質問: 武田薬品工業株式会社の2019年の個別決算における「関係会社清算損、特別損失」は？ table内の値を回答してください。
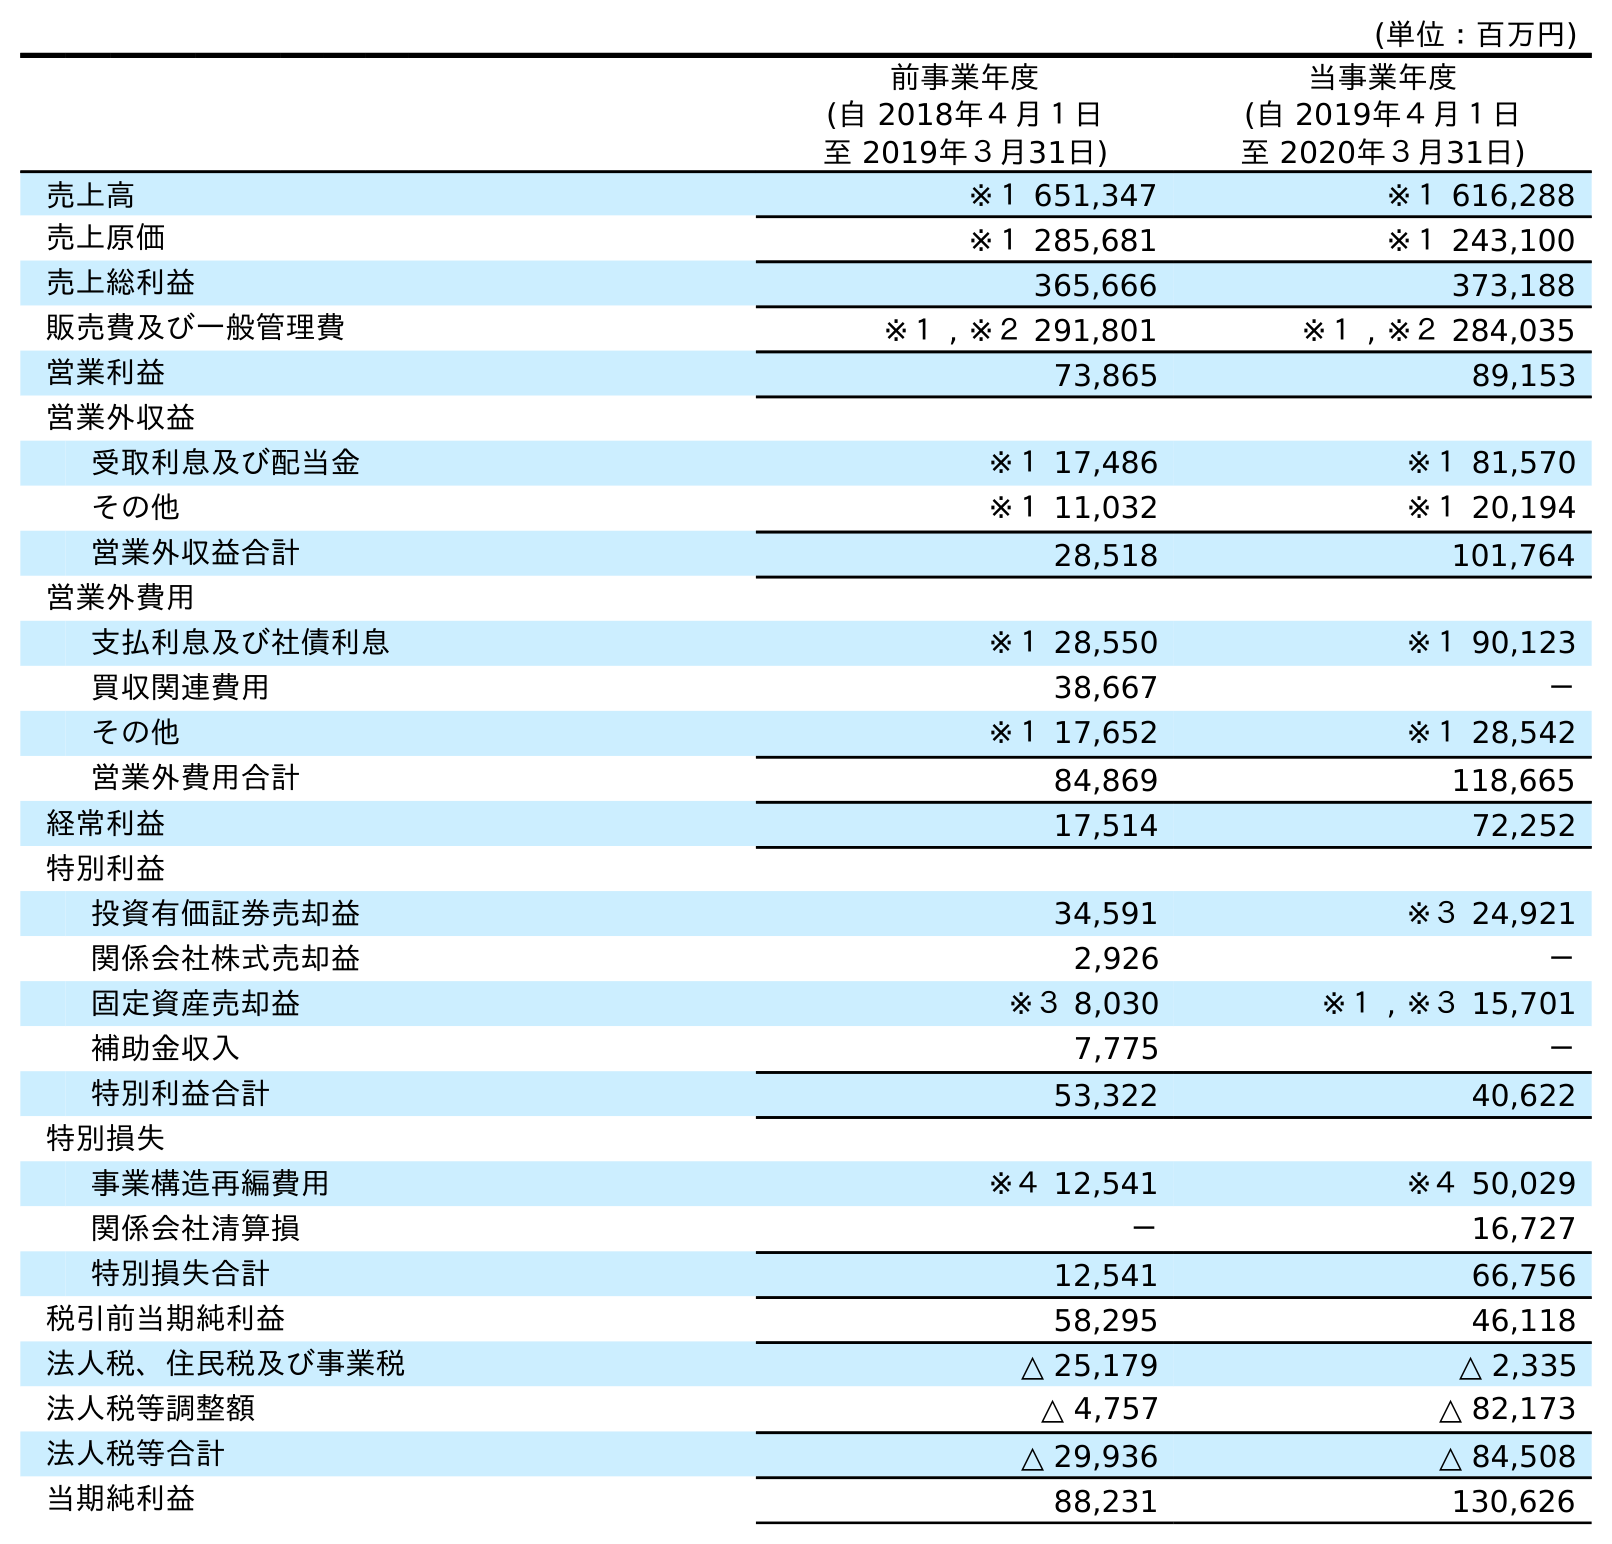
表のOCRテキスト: (単位：百万円) 前事業年度 (自 2018年４月１日 至 2019年３月31日) 当事業年度 (自 2019年４月１日 至 2020年３月31日) 売上高 ※１ 651,347 ※１ 616,288 売上原価 ※１ 285,681 ※１ 243,100 売上総利益 365,666 373,188 販売費及び一般管理費 ※１ , ※２ 291,801 ※１ , ※２ 284,035 営業利益 73,865 89,153 営業外収益 受取利息及び配当金 ※１ 17,486 ※１ 81,570 その他 ※１ 11,032 ※１ 20,194 営業外収益合計 28,518 101,764 営業外費用 支払利息及び社債利息 ※１ 28,550 ※１ 90,123 買収関連費用 38,667 － その他 ※１ 17,652 ※１ 28,542 営業外費用合計 84,869 118,665 経常利益 17,514 72,252 特別利益 投資有価証券売却益 34,591 ※３ 24,921 関係会社株式売却益 2,926 － 固定資産売却益 ※３ 8,030 ※１ , ※３ 15,701 補助金収入 7,775 － 特別利益合計 53,322 40,622 特別損失 事業構造再編費用 ※４ 12,541 ※４ 50,029 関係会社清算損 － 16,727 特別損失合計 12,541 66,756 税引前当期純利益 58,295 46,118 法人税、住民税及び事業税 △ 25,179 △ 2,335 法人税等調整額 △ 4,757 △ 82,173 法人税等合計 △ 29,936 △ 84,508 当期純利益 88,231 130,626
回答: －